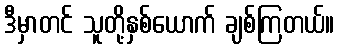
ဒီမှာတင် သူတို့နှစ်ယောက် ချစ်ကြတယ်။